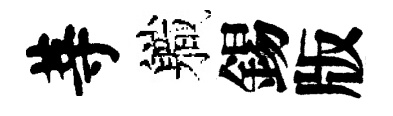
䓁軄錫版